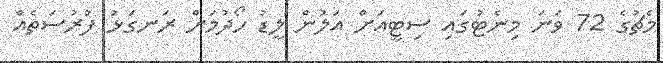
މެޗުގެ 72 ވަނަ މިނެޓުގައި ސިޓީއަށް އަލުން ލީޑު ހޯދުމަށް ރަނގަޅު ފުރުސަތެއް